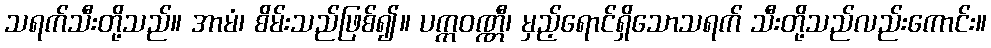
သရက်သီးတို့သည်။ အာမံ၊ စိမ်းသည်ဖြစ်၍။ ပက္ကဝဏ္ဏီ၊ မှည့်ရောင်ရှိသောသရက် သီးတို့သည်လည်းကောင်း။